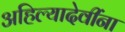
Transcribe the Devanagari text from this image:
अहिल्यादेवींना